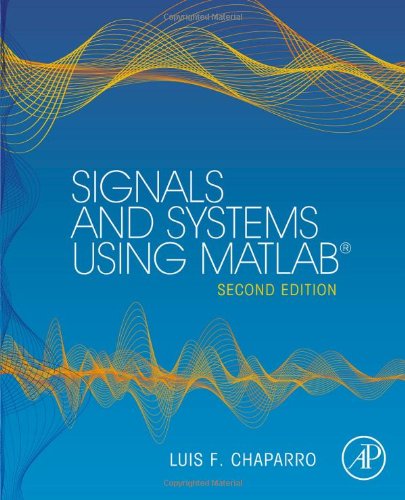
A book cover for Signals and Systems using MATLAB, Second Edition; Luis Chaparro; Computers & Technology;